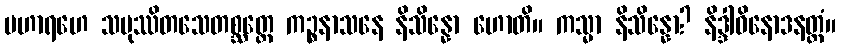
မဟာရဟေ သမုဿိတသေတစ္ဆတ္တေ ကဉ္စနာသနေ နိသိန္နော ဟောတိ။ ကသ္မာ နိသိန္နော? နိဒ္ဒါဝိနောဒနတ္ထံ။